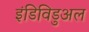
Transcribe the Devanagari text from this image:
इंडिविडुअल